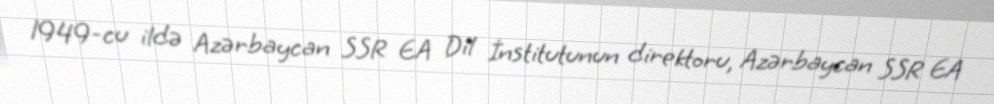
1949-cu ildə Azərbaycan SSR EA Dil İnstitutunun direktoru, Azərbaycan SSR EA